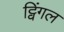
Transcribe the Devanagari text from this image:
ट्विंगल